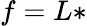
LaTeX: f=L*